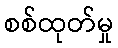
စစ်ထုတ်မှု